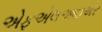
એફએલઆઇએર